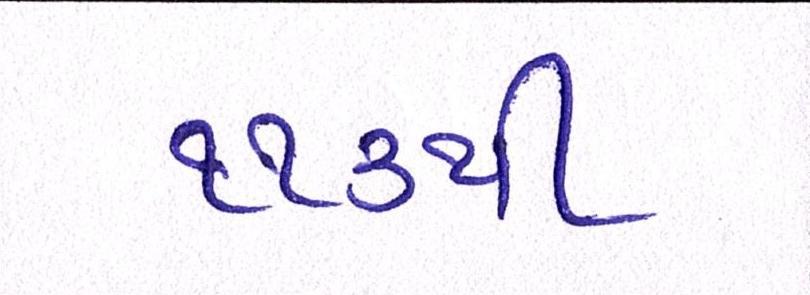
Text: ૧૧૩થી